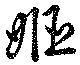
姫